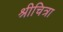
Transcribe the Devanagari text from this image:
श्रीचित्रा